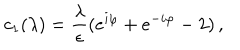
c _ { 1 } ( \lambda ) = { \frac { \lambda } { \epsilon } } ( e ^ { i \varphi } + e ^ { - i \varphi } - 2 ) \, ,